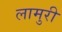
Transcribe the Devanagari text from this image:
लामुरी